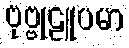
ဗုဗ္ဗုဠူပမာ